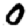
Digit: 0